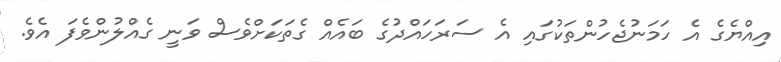
އިއްޔެގެ އެ ހަމަނުޖެހުންތަކުގައި އެ ސަރަހައްދުގެ ބައެއް ގެތަކަށްވެސް ވަނީ ގެއްލުންވެފަ އެވެ.